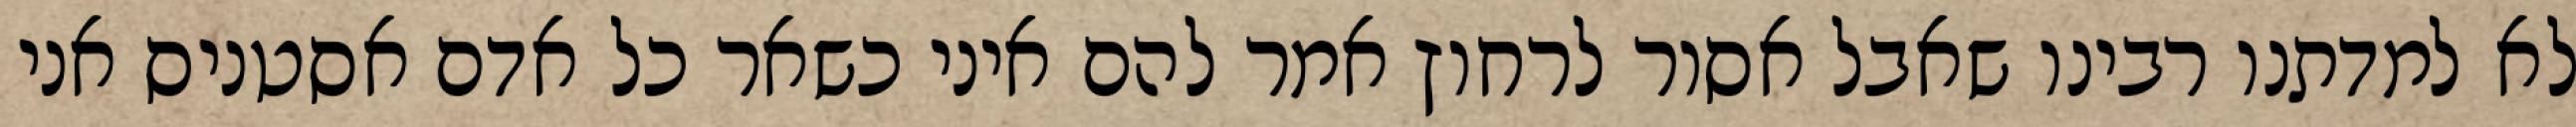
לא למדתנו רבינו שאבל אסור לרחוץ אמר להם איני כשאר כל אדם אסטניס אני